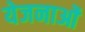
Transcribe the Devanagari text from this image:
येजनाओं